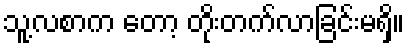
သူ့လစာက တော့ တိုးတက်လာခြင်းမရှိ။